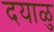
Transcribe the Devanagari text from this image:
दयाळु